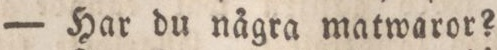
— Har du några matwaror?